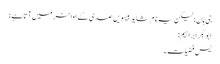
جی ہاں؛ لیکن یہ نام شاید بیسویں صدی کے اواخر میں آتا ہے؛
ابوبکر ابراہیم:
یس فضیلت۔